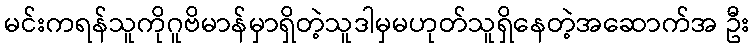
မင်းကရန်သူကိုဂူဗိမာန်မှာရှိတဲ့သူဒါမှမဟုတ်သူရှိနေတဲ့အဆောက်အ ဦး